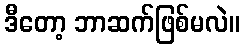
ဒီတော့ ဘာဆက်ဖြစ်မလဲ။